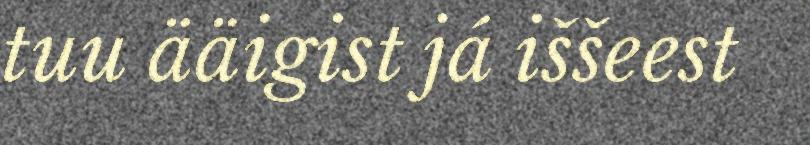
tuu ääigist já iššeest